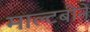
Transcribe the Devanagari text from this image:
माल्टबीने